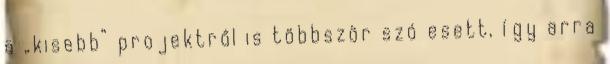
a „kisebb” projektről is többször szó esett, így arra